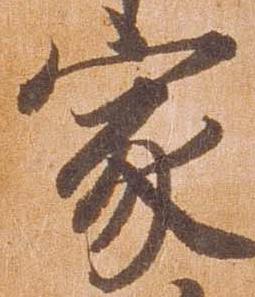
家